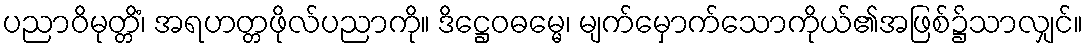
ပညာဝိမုတ္တိံ၊ အရဟတ္တဖိုလ်ပညာကို။ ဒိဋ္ဌေဝဓမ္မေ၊ မျက်မှောက်သောကိုယ်၏အဖြစ်၌သာလျှင်။